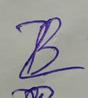
Signature authenticity: forged